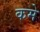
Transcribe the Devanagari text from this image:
कमे